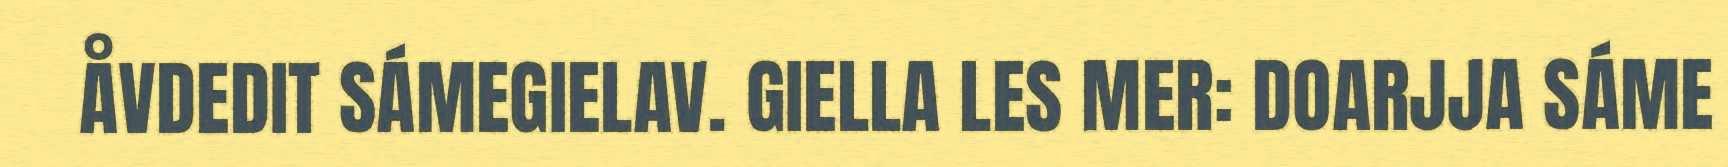
ÅVDEDIT SÁMEGIELAV. GIELLA LES MER: DOARJJA SÁME